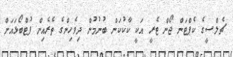
ޗެލްސީގެ ކެޕްޓަން ޖޯން ޓެރީ އަކީ ކާކުކަން ބުނުމުން ދިވެހިންގެ ތެރެއިން ފުޓްބޯޅައަށް